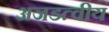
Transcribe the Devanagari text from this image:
अजडत्वीय